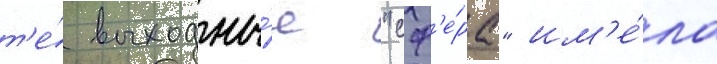
т'е́ выходны́е "сф'е́ра" им'е́ла